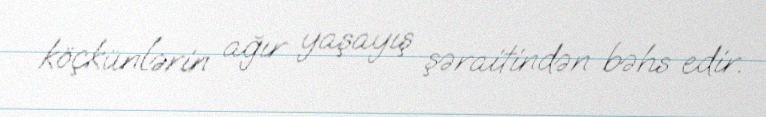
köçkünlərin ağır yaşayış şəraitindən bəhs edir.